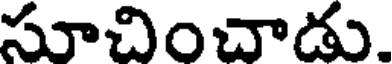
సూచించాడు.